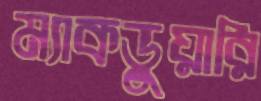
ম্যাকডুয়ারি